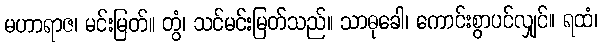
မဟာရာဇ၊ မင်းမြတ်။ တွံ၊ သင်မင်းမြတ်သည်။ သာဓုခေါ၊ ကောင်းစွာပင်လျှင်။ ရထံ၊